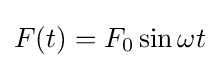
F(t)=F_{0}\sin \omega t